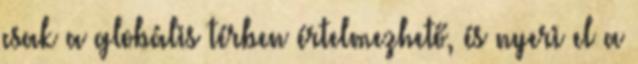
csak a globális térben értelmezhető, és nyeri el a